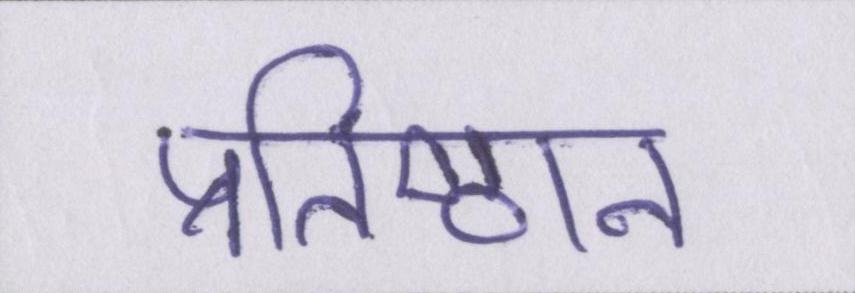
प्रतिष्ठान